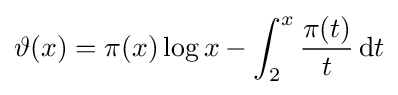
\vartheta (x)=\pi (x)\log x-\int _{2}^{x}{\frac {\pi (t)}{t}}\,\mathrm {d} t